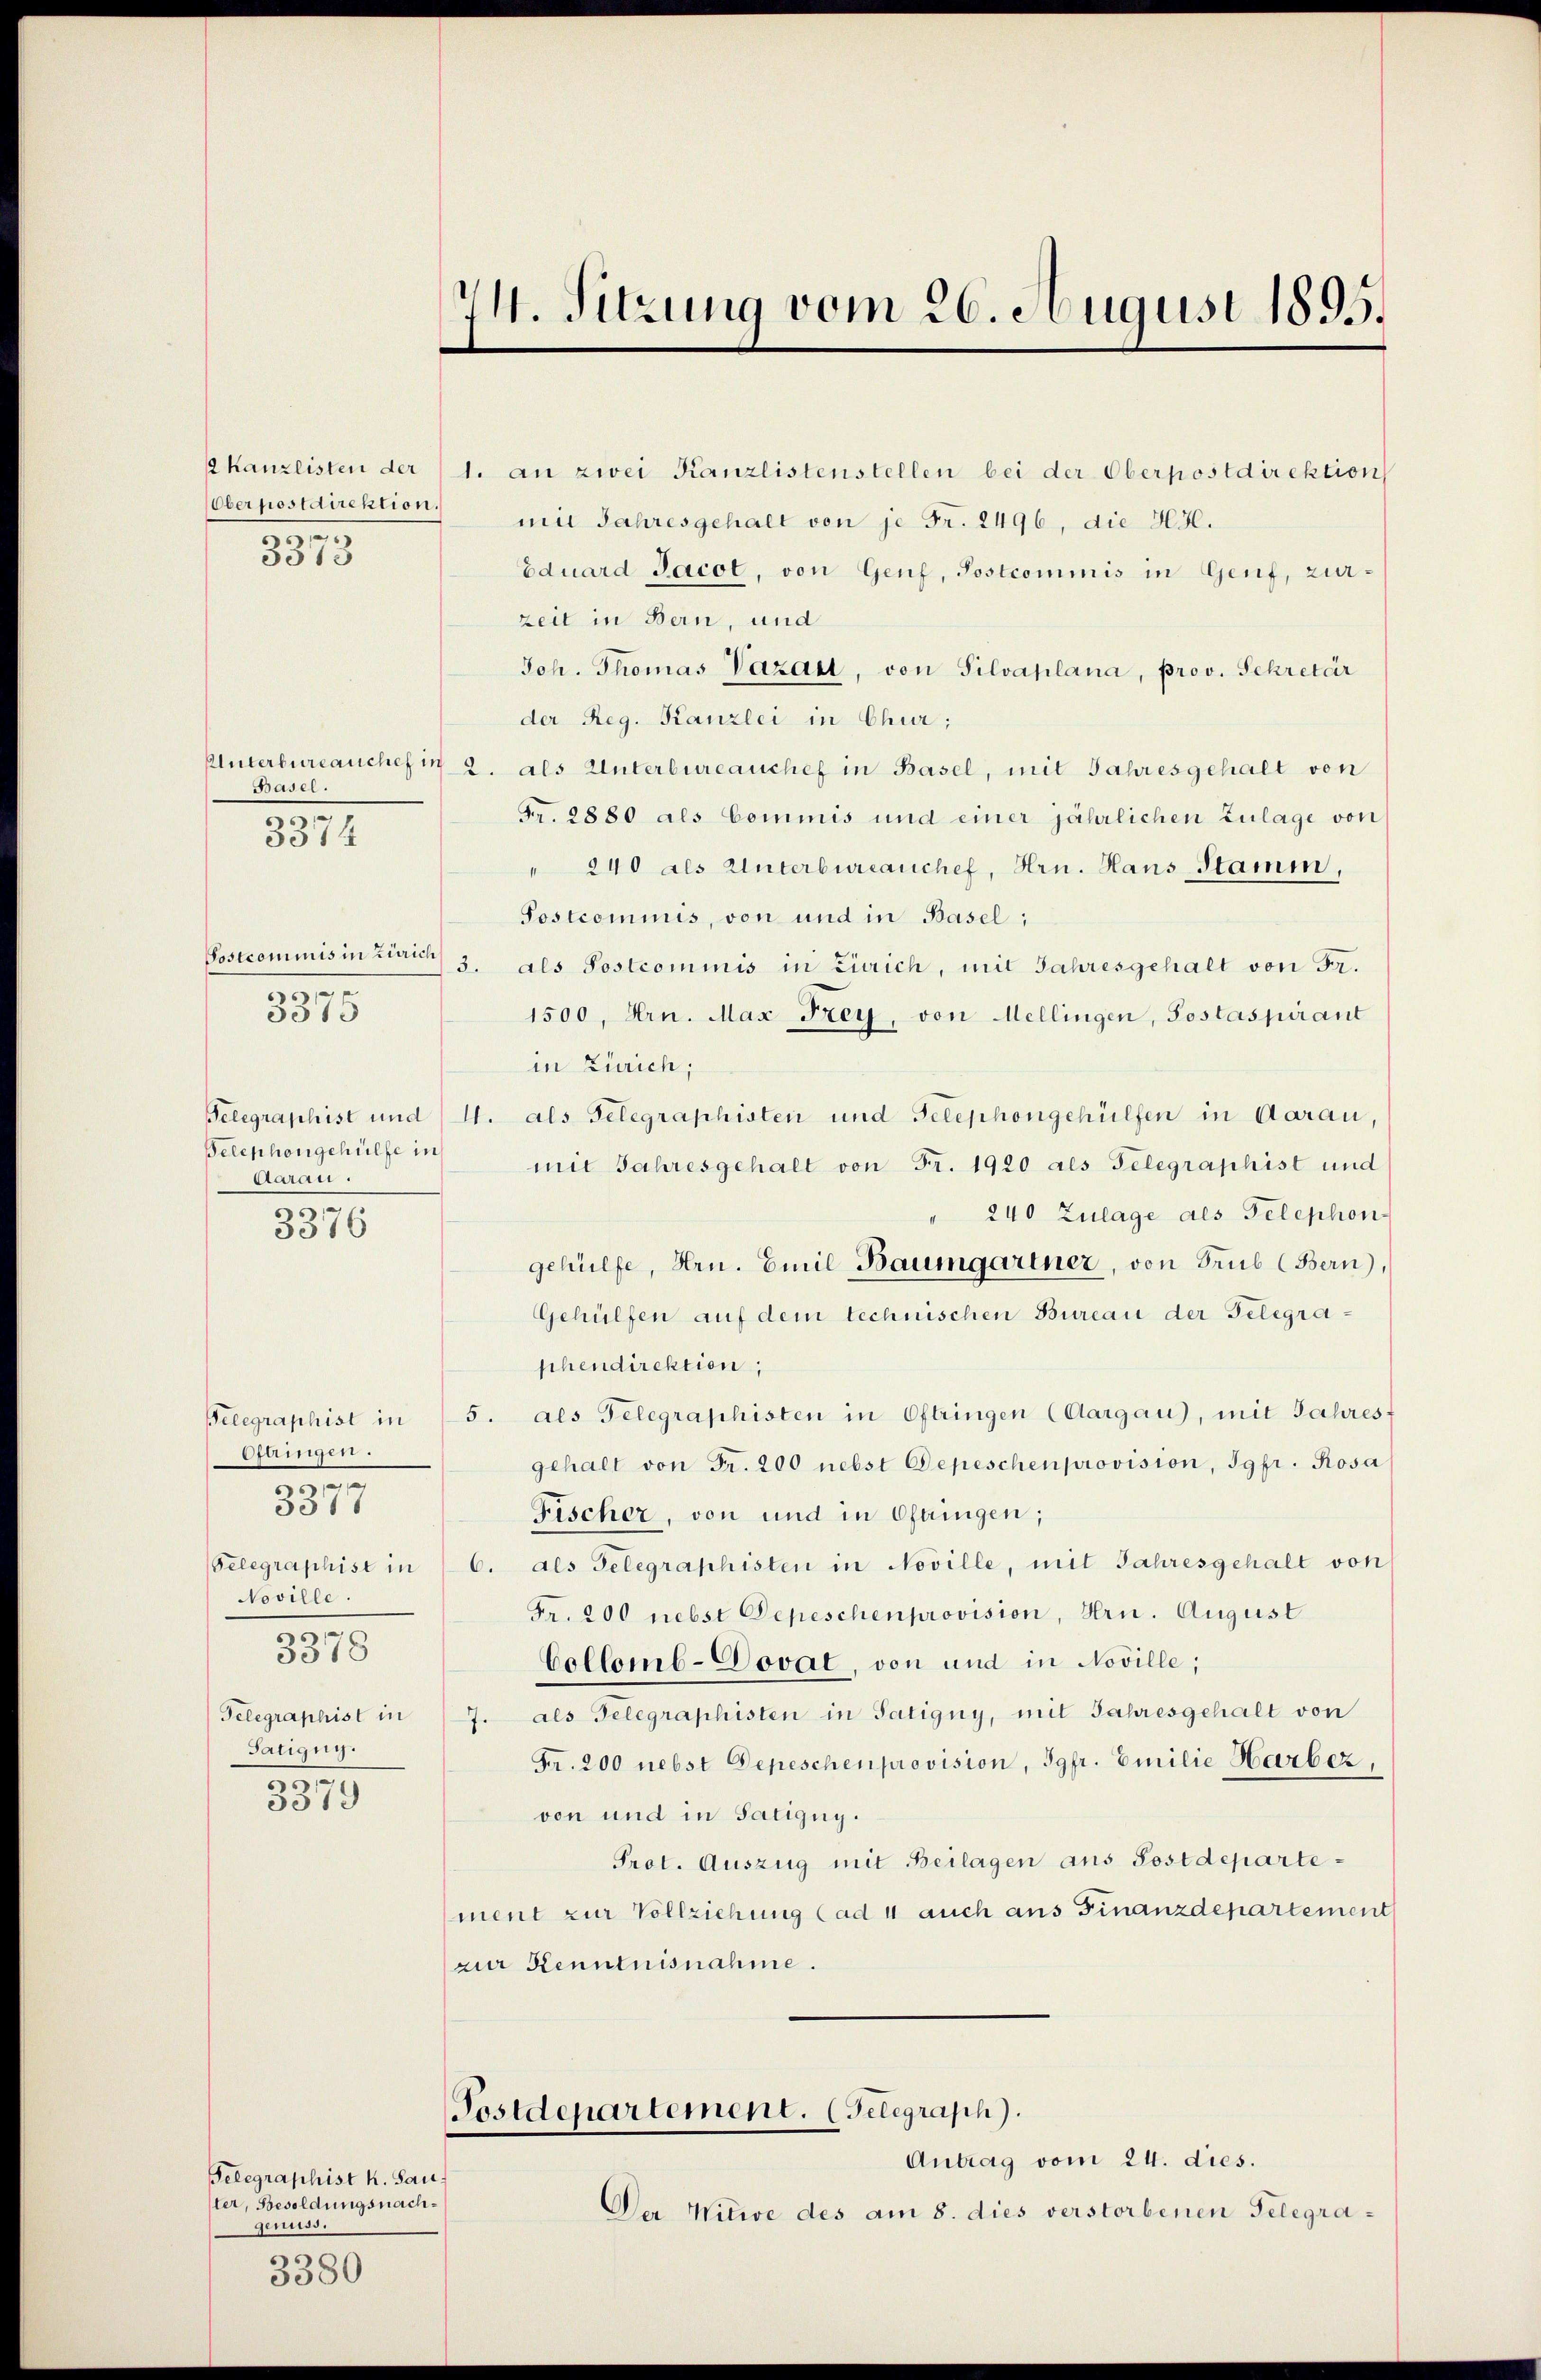
Oberpostdirektion.
20
3510

Antan.
30

Basel.
3374

0
5515

Telephongehülfe in

5376

Telegraphist in
Ofangen.
5
5377
Noville.
10
3318
Telegraphist in
Satigny.
30
3319

Telegraphist k. Sauler, Besoldungsnachgenuss.
s
5380

44. Sitzung vom 26. August 1895.

2 kanzlisten der (1. an zwei Kanzlistenstellen bei der Oberpostdirektion
mit Jahresgehalt von je Fr. 2496, die H3.
Eduard Jacot, von Genf, Postcommis in Genf, zurzeit in Bern, und
Joh. Thomas Vazar, von Silvaplana, prov. Sekretär
der Reg. Kanzlei in Chur;
Unterbureauchef in 2. als Unterbureauchef in Basel, mit Jahresgehalt von
Fr. 2880 als Commis und einer jährlichen Zulage von
" 240 als Unterbureauchef, Hrn. Haus Stamm,
Postcommis, von und in Basel;
Postcommis in Linie 3. als Postcommis in Zürich, mit Jahresgehalt von Fr.
1500, Hrn. Max Frey, von Mellingen, Postaspirant
in Zürich;
Telegraphist und St. als Telegraphisten und Telephongehülfen in Aarau,
mit Jahresgehalt von Fr. 1920 als Gelegraphist und
" 240 Zulage als Telephon
gehülfe, Hrn. Emil Baumgartner, von Trub (Bern),
Gehülfen auf dem technischen Bureau der Gelegraphendirektion,
5. als Telegraphisten in Oftringen (Aargau), mit Jahresf
gehalt von Fr. 200 nebst Depeschenprovision, Igpr. Rosa
Fischer, von und in Oftringen;
Gelegraphist in 6. als Gelegraphisten in Noville, mit Jahresgehalt von
Fr. 200 nebst Depeschenprovision, Hrn. August
Collemb-Dovat, von und in Noville;
7. als Telegraphisten in Satigny, mit Jahresgehalt von
Fr. 200 nebst Depeschen provision, Jgfr. Emilie Harber,
von und in Satigny.
Prot. Auszug mit Beilagen aus Sostdepartement zur Vollziehung (ad 4 auch aus Finanzdepartement
zur Kenntnisnahme.
Postdepartement. (Telegraph).
Antrag vom 24. dies.
Der Witwe des am 8. dies verstorbenen Telegra¬